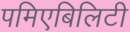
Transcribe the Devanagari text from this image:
पमिएबिलिटी